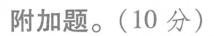
附加题。(10分)